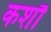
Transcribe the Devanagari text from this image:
कर्शौ